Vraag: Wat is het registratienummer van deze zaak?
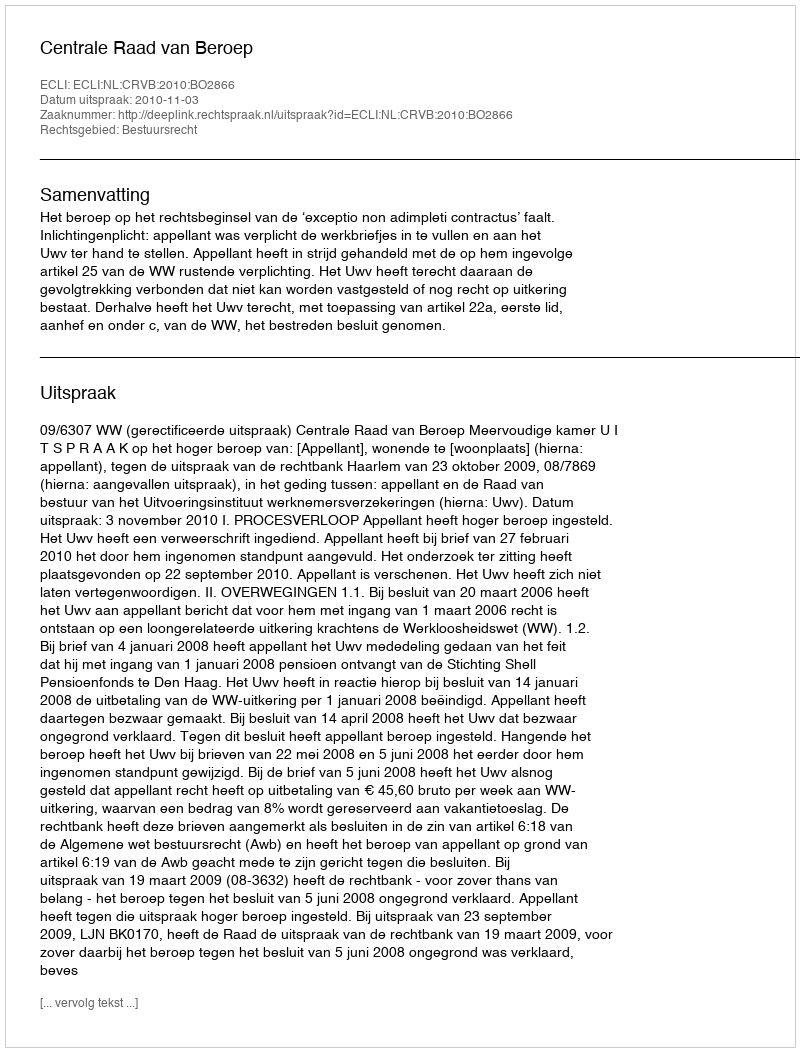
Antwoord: http://deeplink.rechtspraak.nl/uitspraak?id=ECLI:NL:CRVB:2010:BO2866